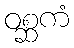
ဝစ္ဆကံ